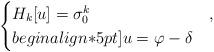
LaTeX: \begin{align*}\begin{cases} H_k[u]=\sigma_0^k & , \\begin{align*}5pt] u=\varphi-\delta & \end{cases}\end{align*}